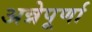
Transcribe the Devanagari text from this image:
अन्नेपूर्णा